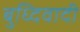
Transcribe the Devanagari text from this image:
बुध्दिवादी